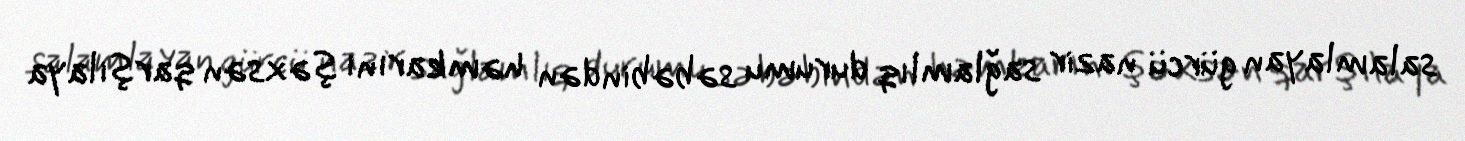
salamlayan gürcü nazir sağlamlıq durumu səbəbindən həmkarını şəxsən qarşılaya